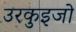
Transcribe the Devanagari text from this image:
उरकुइजो